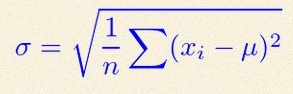
\sigma=\sqrt{\frac1n\sum(x_i-\mu)^2}